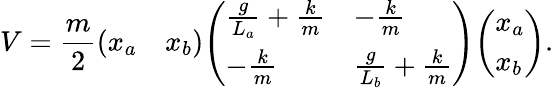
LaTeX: V={\frac{m}{2}}{\left(\begin{array}{ll}{x_{a}}&{x_{b}}\end{array}\right)}{\left(\begin{array}{ll}{{\frac{g}{L_{a}}}+{\frac{k}{m}}}&{-{\frac{k}{m}}}\\ {-{\frac{k}{m}}}&{{\frac{g}{L_{b}}}+{\frac{k}{m}}}\end{array}\right)}{\left(\begin{array}{l}{x_{a}}\\ {x_{b}}\end{array}\right)}.